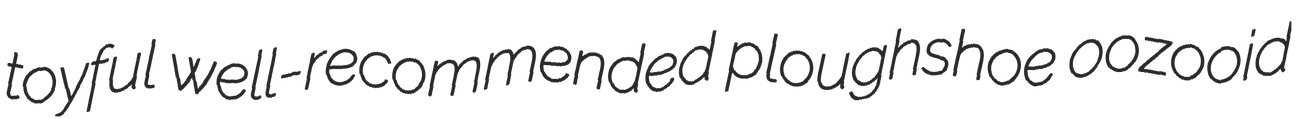
toyful well-recommended ploughshoe oozooid